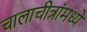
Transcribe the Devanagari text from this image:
चालाचीत्रांमध्ये